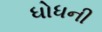
ધોધની